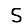
Digit: 5